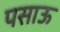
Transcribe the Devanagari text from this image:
पसाऊ